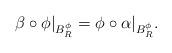
LaTeX: \begin{align*}\beta\circ \phi|_{B^\phi_R}=\phi\circ\alpha|_{B^\phi_R}.\end{align*}